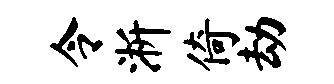
令淅倚劫